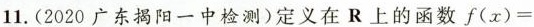
11.(2020广东揭阳一中检测)定义在R上的函数$$f ( x ) =